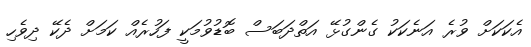
އެކަކަށް ވުރެ އަނެކަކު ގެންގުޅޭ އަތްދަބަސް ބޮޑުވުމަކީ ފަހުރެއް ކަމަށް ދެކޭ ދިވެހި